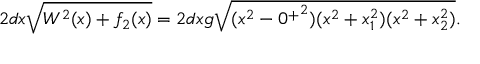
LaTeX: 2 d x \sqrt { W ^ { 2 } ( x ) + f _ { 2 } ( x ) } = 2 d x g \sqrt { ( x ^ { 2 } - { 0 ^ { + } } ^ { 2 } ) ( x ^ { 2 } + x _ { 1 } ^ { 2 } ) ( x ^ { 2 } + x _ { 2 } ^ { 2 } ) } .